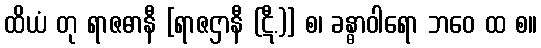
ထိယံ တု ရာဇဓာနီ [ရာဇဌာနီ (ဋီ.)] စ၊ ခန္ဓာဝါရော ဘဝေ ထ စ။